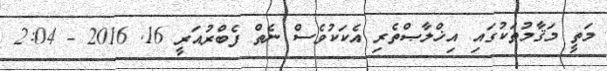
މަތީ މަޤާމުތަކުގައި އިޚްލާޞްތެރި އެކަކުވެސް ނެތް ފެބްރުއަރީ 16